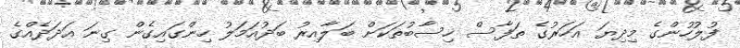
ފުލުހުންގެ މިދިޔަ އަހަރުގެ ތަފާސް ހިސާބުތަކަށް ބަލާއިރު ބަދުއަމަލު ހިންގައިގެން ގިނަ އަދަދެއްގެ